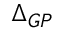
\Delta _ { G P }